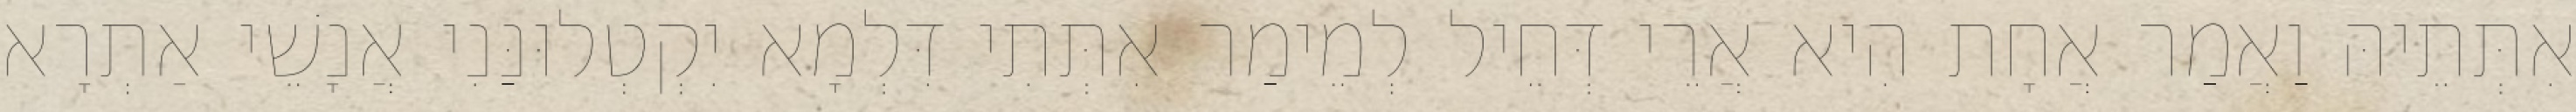
אִתְּתֵיהּ וַאֲמַר אֲחָת הִיא אֲרֵי דְּחֵיל לְמֵימַר אִתְּתִי דִּלְמָא יִקְטְלוּנַּנִי אֲנָשֵׁי אַתְרָא